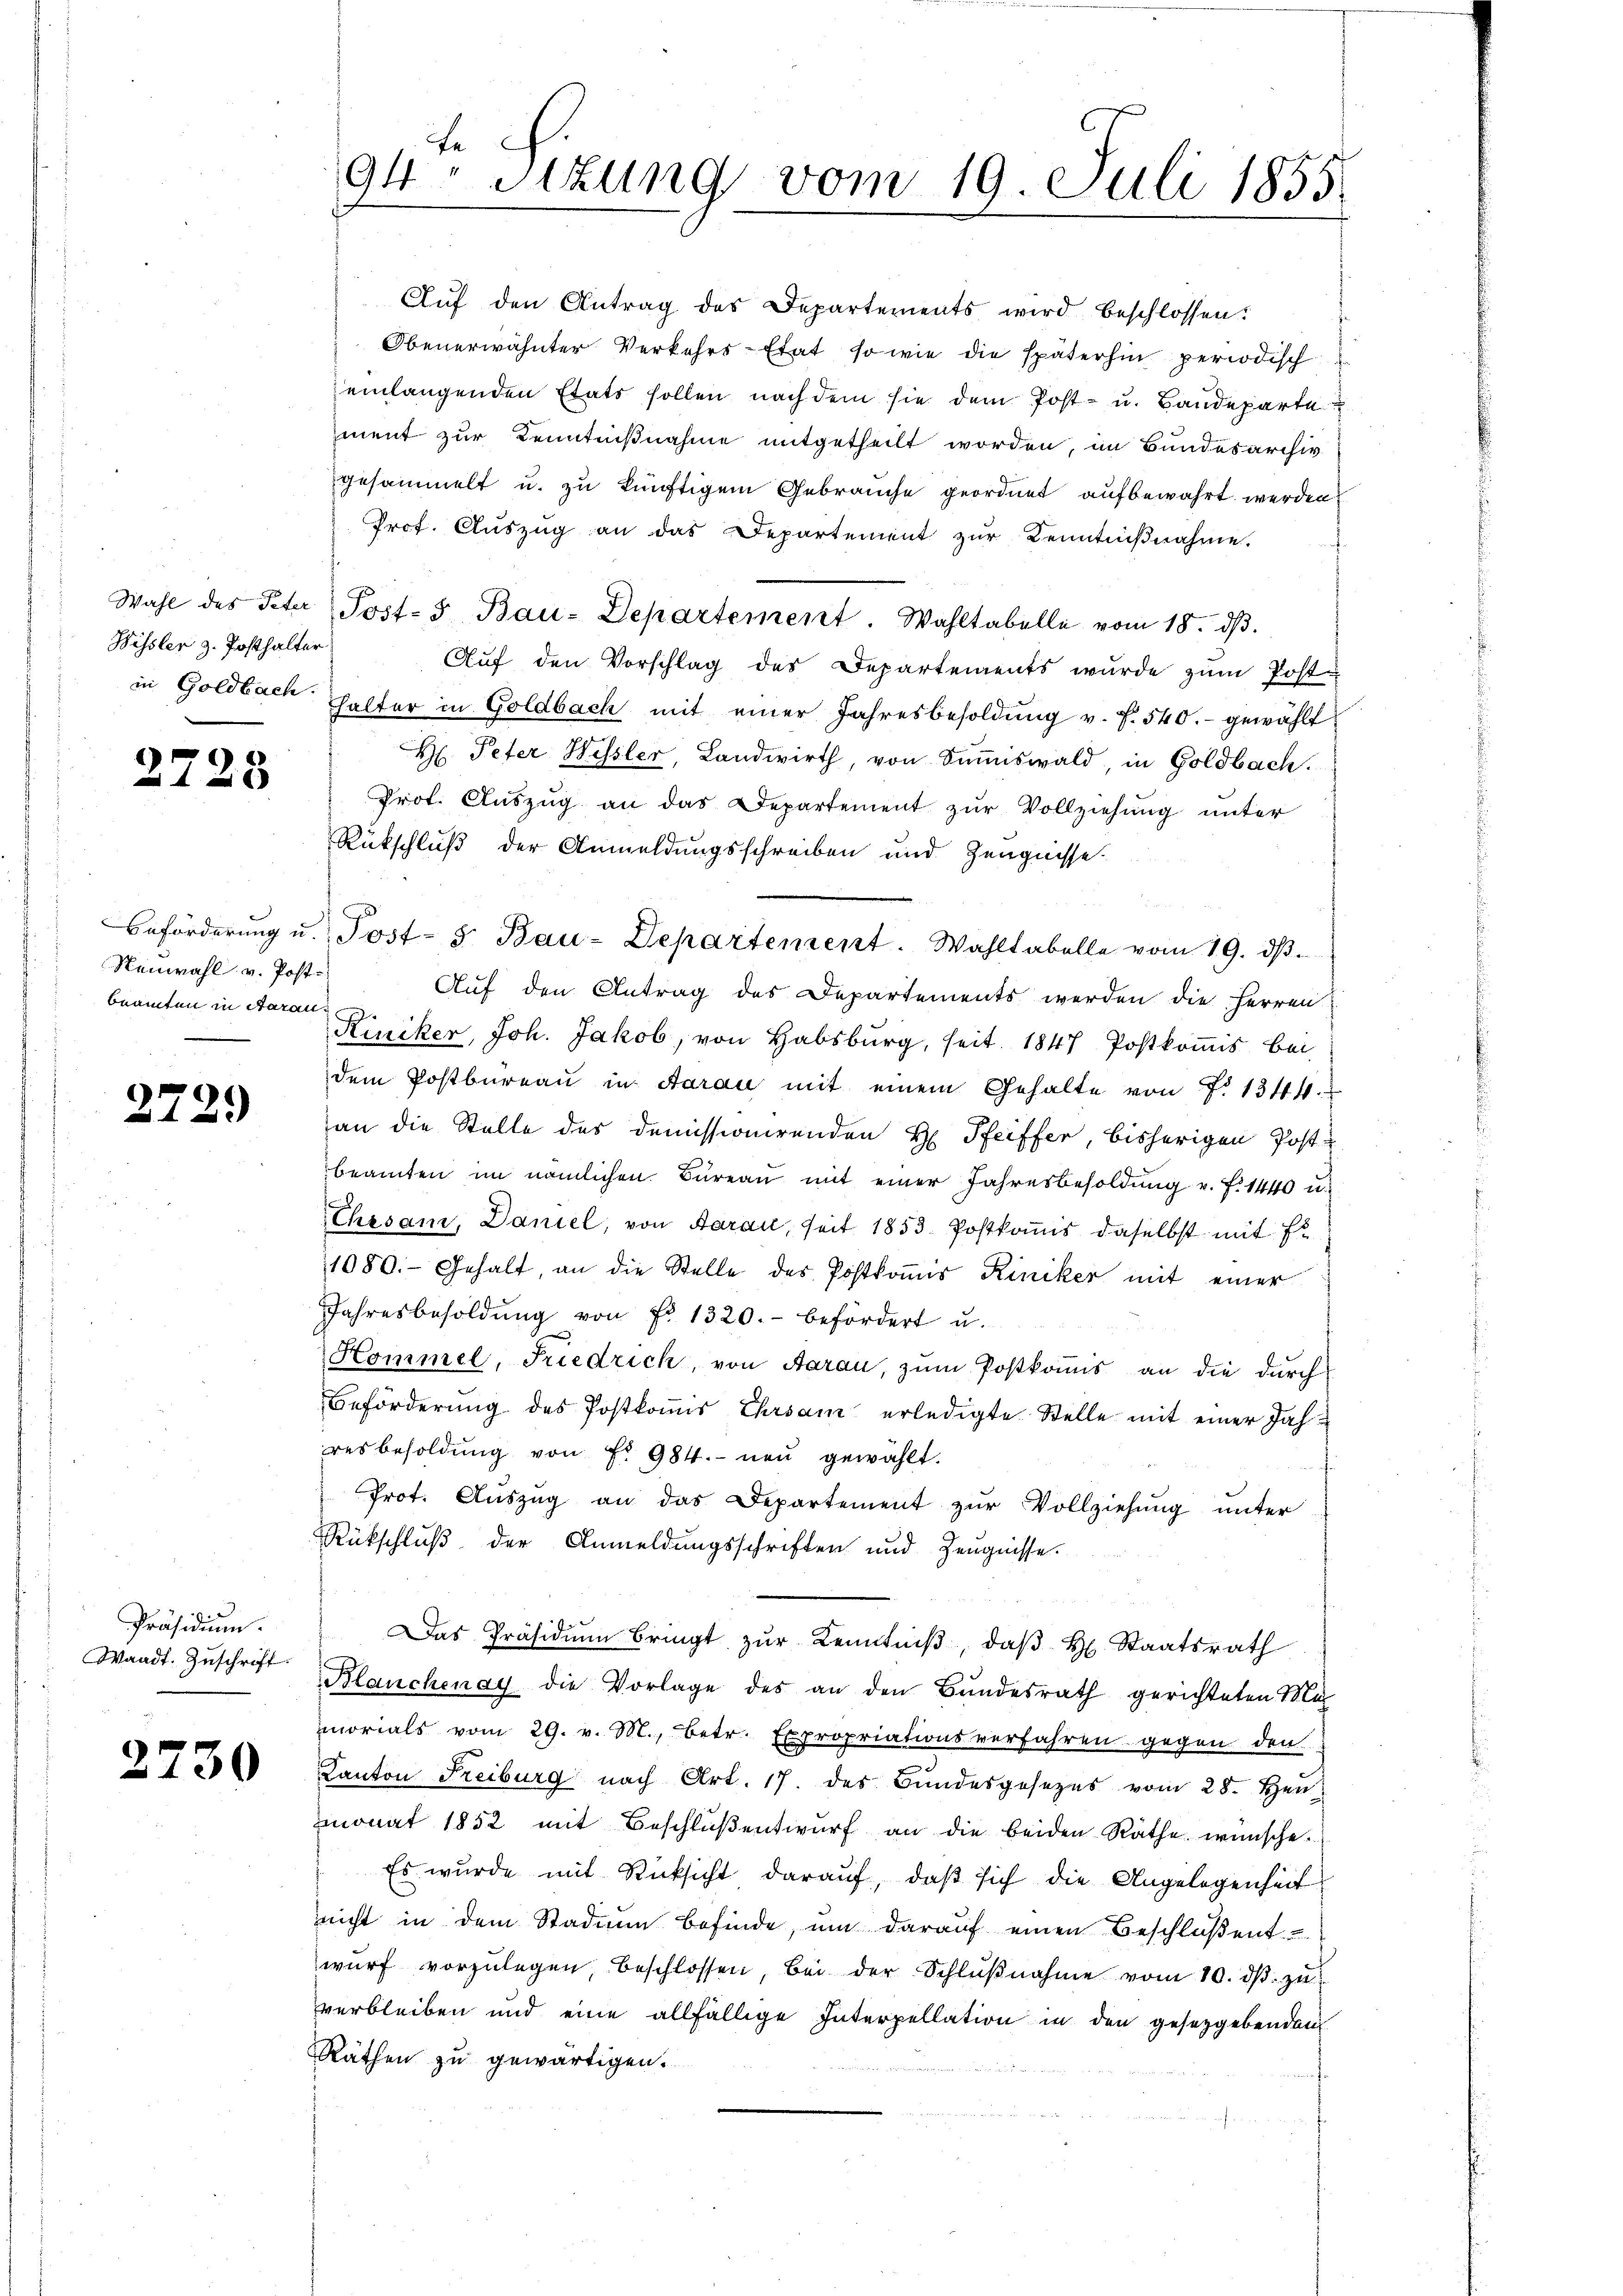
Bissler z. Posthalter

2728

Neuwahl v. Postbeamten in Aarau

2729

Präsidium.
Waadt. Zuschrift.

2730

fe
94 sizung vom 19. Juli 1855.

Aŭf den Antrag des Departements wird beschlossen:
Obenerwähnter Verkehrs-Etat, so wie die späterhin periodisch
einlangenden Etats sollen nach dem sie dem Post- u. Bandeparte
iment zur Kenntnißnahme mitgetheilt worden, im Bundesarchiv
gesammelt u. zu künftigem Gebrauche geordnet aufbewahrt werden
Prof. Auszug an das Departement zur Kenntnißnahme.
Wahl des Peter Post- & Bau-Departement. Wahltabelle vom 18. dβ.
Auf den Vorschlag des Departements wurde zum Post-
in Goldbach halter in Goldbach mit einer Jahresbesoldung v. f. 540.- gewählt
H. Peter Hessler, Landwirth von Summiswald, in Goldbach.
Prot. Aŭszŭg an das Departement zŭr Vollziehŭng ŭnter
Rückschluß der Anmeldungsschreiben und Zeugnisse.
Beförderŭng u. Post- 5. Bau-Departement. Wahltabelle vom 19. dβ.
Auf den Antrag des Departements werden die Herren
Riniker, Joh. Jakob, von Habsburg, seit 1847 Postkomis bei
dem Postbureau in Aarau mit einem Gehalte von 7. 1344.
an die Stelle des demissionirenden H. Pfeiffer, bisherigen Postbeamten im nämlichen Büreau mit einer Jahresbesoldung u. f. 1440 u.
Ehrsam, Daniel, von Aarau, seit 1853. Postkomis daselbst mit f
1080. Gehalt, an die Stelle des Postkomir Riniker mit einer
Jahresbesoldŭng von Fr. 1320.- befördert u.
Kommel, Friedrich, von Aarau, zum Postkomis an die durch
Beförderung des Postkomis Ehrsam erledigte Stelle mit einer Jahresbesoldung von Fr. 984.- neu gewählt.
Prot. Auszug an das Departement zur Vollziehung unter
Rückschluß der Anmeldungsschriften und Zeugnisse.
Das Präsidiŭm bringt zŭr Kenntniβ, daβ H. Staatsrath
Blanchenay die Vorlage des an den Bŭndesrath gerichteten Ma-
morials vom 29. v. M., betr. Expropriationsverfahren gegen den
Kanton Freiburg nach Art. 17. des Bŭndesgesezes vom 28. Hen
monat 1852 mit Beschluß entwurf an die beiden Räthe wünsche¬
Es wurde mit Rücksicht darauf, daß sich die Angelegenheit
nicht in dem Stadium befinde, um darauf einen Beschloßent
wŭrf vorzŭlegen, beschlossen, bei der Schlŭβnahme vom 10. dβ zŭ
verbleiben und eine allfällige Interpellation in den gesetzgebenden
Räthen zu gewärtigen.